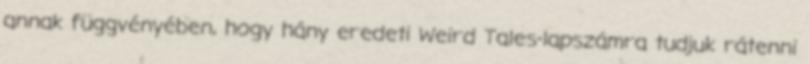
annak függvényében, hogy hány eredeti Weird Tales-lapszámra tudjuk rátenni